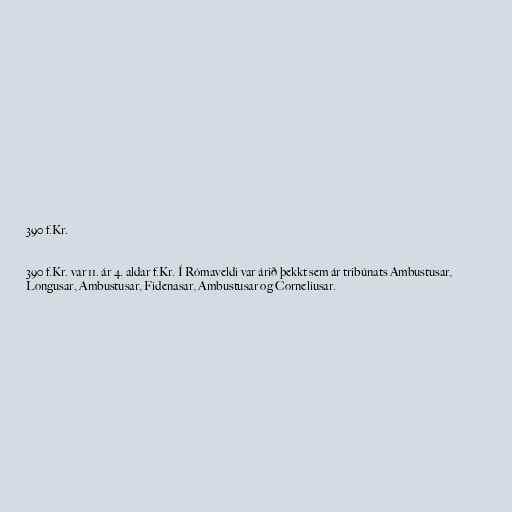
390 f.Kr.

390 f.Kr. var 11. ár 4. aldar f.Kr. Í Rómaveldi var árið þekkt sem ár tribúnats Ambustusar,
Longusar, Ambustusar, Fidenasar, Ambustusar og Corneliusar.